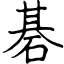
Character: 碁